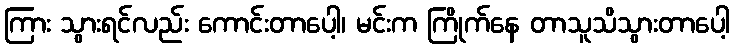
ကြား သွားရင်လည်း ကောင်းတာပေါ့၊ မင်းက ကြိုက်နေ တာသူသိသွားတာပေါ့